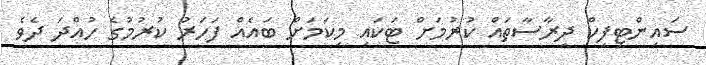
ސައިންޓިފިކް ދިރާސާތައް ކުރުމަށް ޓަކައި މިކަމަށް ބައެއް ފަހަރު ކުރުމުގެ ހުއްދަ ދެވެ